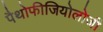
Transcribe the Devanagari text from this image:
पैथोफीजियोलोजी